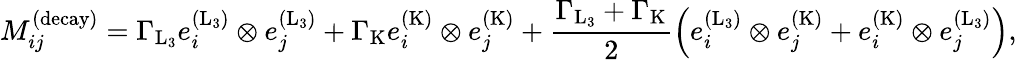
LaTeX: M_{ij}^{(\mathrm{decay})}=\Gamma_{\mathrm{L}_{3}}e_{i}^{(\mathrm{L}_{3})}\otimes e_{j}^{(\mathrm{L}_{3})}+\Gamma_{\mathrm{K}}e_{i}^{(\mathrm{K})}\otimes e_{j}^{(\mathrm{K})}+\frac{\Gamma_{\mathrm{L}_{3}}+\Gamma_{\mathrm{K}}}{2}\left(e_{i}^{(\mathrm{L}_{3})}\otimes e_{j}^{(\mathrm{K})}+e_{i}^{(\mathrm{K})}\otimes e_{j}^{(\mathrm{L}_{3})}\right),